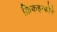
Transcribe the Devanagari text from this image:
क्रिकइन्फोने